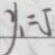
y _ { 1 } = 5